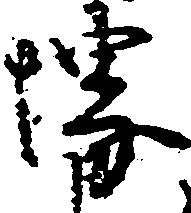
堺